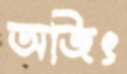
অজিৎ